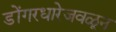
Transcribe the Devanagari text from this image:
डोंगरधारेजवळून